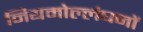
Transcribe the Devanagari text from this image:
नियमोल्लंघनों